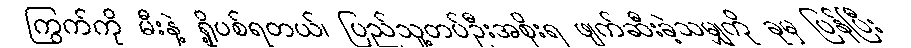
ကြွက်ကို မီးနဲ့ ရှို့ပစ်ရတယ်၊ ပြည်သူ့တပ်ဦးအစိုးရ ဖျက်ဆီးခဲ့သမျှကို ခုမှ ပြန်ပြီး